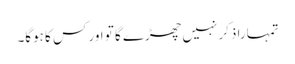
تمہارا ذکر نہیں چھڑے گا تو اور کس کا ہوگا۔